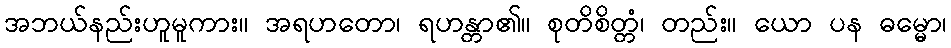
အဘယ်နည်းဟူမူကား။ အရဟတော၊ ရဟန္တာ၏။ စုတိစိတ္တံ၊ တည်း။ ယော ပန ဓမ္မော၊